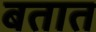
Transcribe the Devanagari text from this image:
बतात